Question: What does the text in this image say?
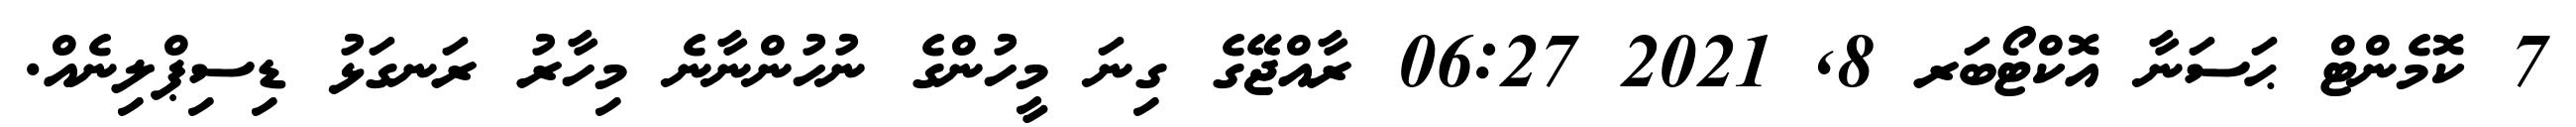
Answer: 7 ކޮމެންޓް ޙަސަނާ އޮކްޓޯބަރ 8, 2021 06:27 ރާއްޖޭގެ ގިނަ މީހުންގެ ނުހުންނާނެ މިހާރު ރަނގަޅު ޑިސިޕްލިނެއް.